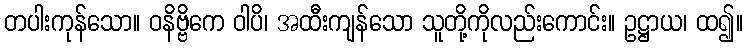
တပါးကုန်သော။ ဝနိဗ္ဗိကေ ဝါပိ၊ အထီးကျန်သော သူတို့ကိုလည်းကောင်း။ ဥဋ္ဌာယ၊ ထ၍။